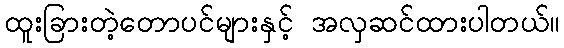
ထူးခြားတဲ့တောပင်များနှင့် အလှဆင်ထားပါတယ်။